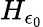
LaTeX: H_{\epsilon_{0}}